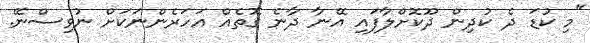
"މި ކުޑަ ދެ ކުދިން ދޫކޮށްލާފައި އޭނާ ދާނެ ގޮތެއް އަހަރެންނަކަށް ނުވިސްނޭ.